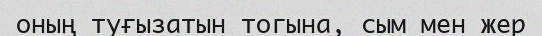
оның туғызатын тогына, сым мен жер